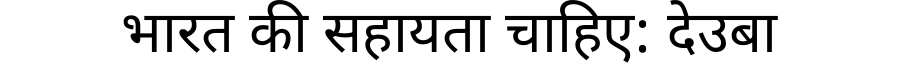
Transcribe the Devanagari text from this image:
भारत की सहायता चाहिए: देउबा